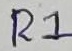
Text: R1